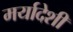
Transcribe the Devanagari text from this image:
मर्यादेशी